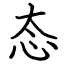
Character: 态